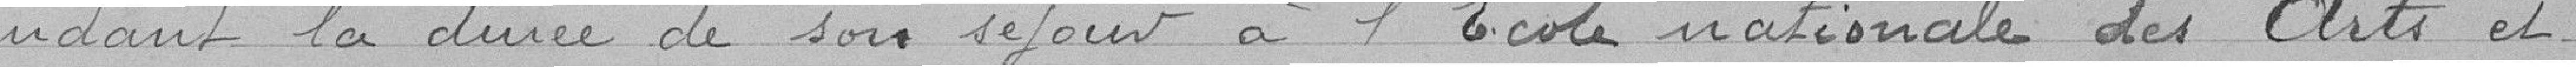
pendant la durée de son séjour a l'Ecole national des Arts et